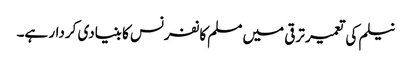
نیلم کی تعمیر ترقی میں مسلم کانفرنس کا بنیادی کردار ہے۔